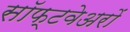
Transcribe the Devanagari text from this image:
सॉफ्टवेअरों